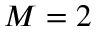
M = 2